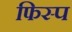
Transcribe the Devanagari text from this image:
फिस्प